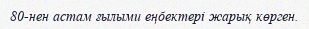
80-нен астам ғылыми еңбектері жарық көрген.